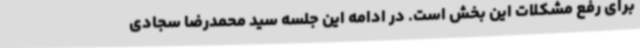
برای رفع مشکلات این بخش است. در ادامه این جلسه سید محمدرضا سجادی